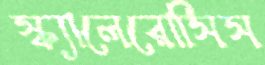
স্ক্যালেরোসিস